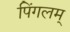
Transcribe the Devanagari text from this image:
पिंगलम्